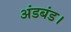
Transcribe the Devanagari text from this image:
अंडबंड।